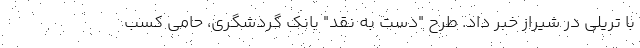
با تریلی در شیراز خبر داد. طرح "دست به نقد" بانک گردشگری، حامی کسب